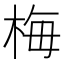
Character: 梅